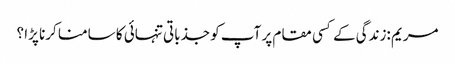
مریم :زندگی کے کسی مقام پر آپ کو جذباتی تنہائی کا سامنا کرنا پڑا ؟